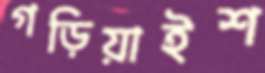
গড়িয়াইশ